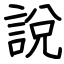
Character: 說